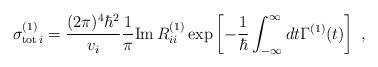
LaTeX: \begin{align*}\sigma^{(1)}_{{\rm tot}\,i} = \frac{(2\pi)^4 \hbar^2}{v_i} \frac{1}{\pi} {\rm Im}\, R^{(1)}_{ii} \exp\left[-\frac{1}{\hbar}\int_{-\infty}^\infty dt \Gamma^{(1)}(t) \right] \; ,\end{align*}